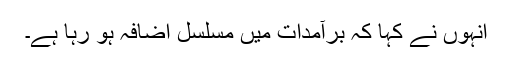
انہوں نے کہا کہ برآمدات میں مسلسل اضافہ ہو رہا ہے۔